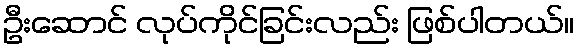
ဦးဆောင် လုပ်ကိုင်ခြင်းလည်း ဖြစ်ပါတယ်။